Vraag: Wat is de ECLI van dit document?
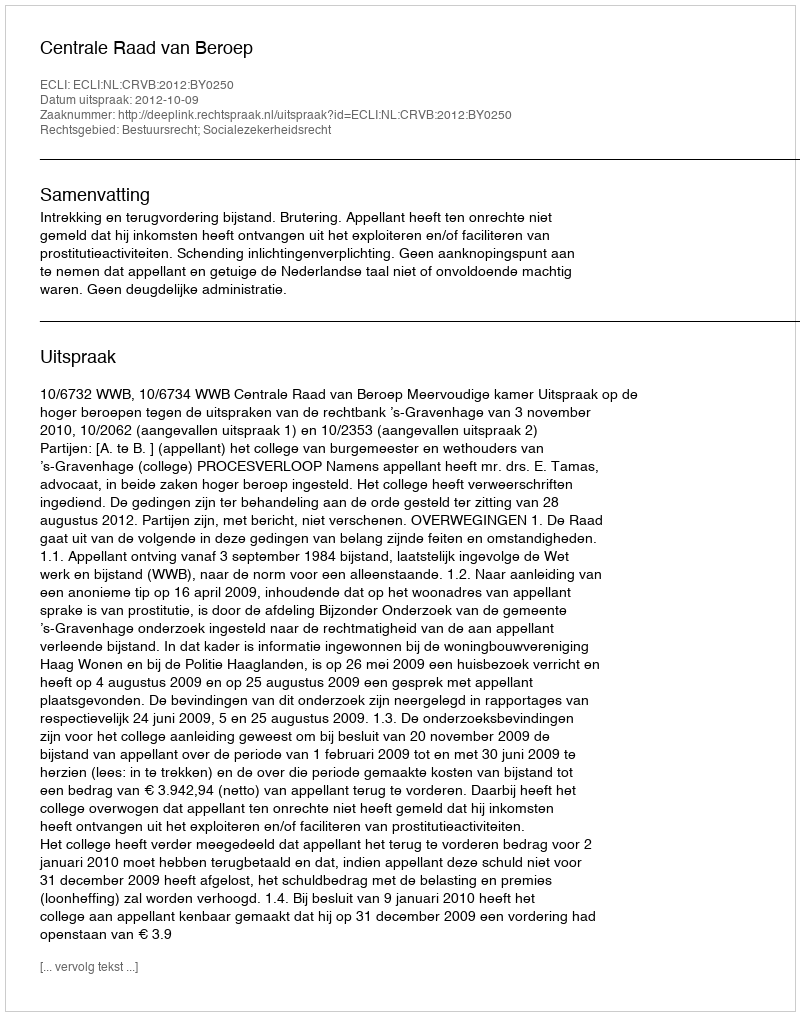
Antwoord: ECLI:NL:CRVB:2012:BY0250